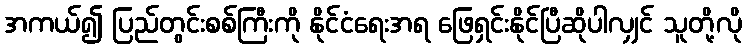
အကယ်၍ ပြည်တွင်းစစ်ကြီးကို နိုင်ငံရေးအရ ဖြေရှင်းနိုင်ပြီဆိုပါလျှင် သူတို့လို